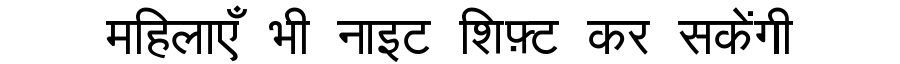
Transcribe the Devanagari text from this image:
महिलाएँ भी नाइट शिफ़्ट कर सकेंगी